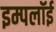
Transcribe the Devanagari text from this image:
इम्पलॉई